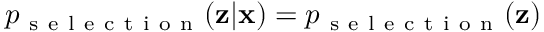
p _ { \mathrm { ~ s ~ e ~ l ~ e ~ c ~ t ~ i ~ o ~ n ~ } } ( \mathbf { z } | \mathbf { x } ) = p _ { \mathrm { ~ s ~ e ~ l ~ e ~ c ~ t ~ i ~ o ~ n ~ } } ( \mathbf { z } )